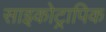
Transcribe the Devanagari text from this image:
साइकोट्रापिक